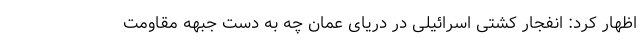
اظهار کرد: انفجار کشتی اسرائیلی در دریای عمان چه به دست جبهه مقاومت